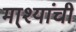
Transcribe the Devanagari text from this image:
मा्श्यांची